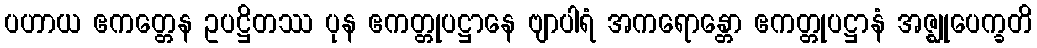
ပဟာယ ဧကတ္တေန ဥပဋ္ဌိတဿ ပုန ဧကတ္တုပဋ္ဌာနေ ဗျာပါရံ အကရောန္တော ဧကတ္တုပဋ္ဌာနံ အဇ္ဈုပေက္ခတိ